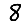
Digit: 8